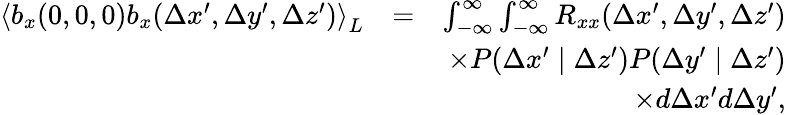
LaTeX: \begin{array}{rlr}{\left\langle b_{x}(0,0,0)b_{x}(\Delta x^{\prime},\Delta y^{\prime},\Delta z^{\prime})\right\rangle_{L}}&{=}&{\int_{-\infty}^{\infty}\int_{-\infty}^{\infty}R_{xx}(\Delta x^{\prime},\Delta y^{\prime},\Delta z^{\prime})}\\ &{}&{\times P(\Delta x^{\prime}\mid\Delta z^{\prime})P(\Delta y^{\prime}\mid\Delta z^{\prime})}\\ &{}&{\times d\Delta x^{\prime}d\Delta y^{\prime},}\end{array}